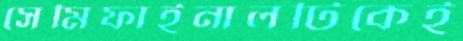
সেমিফাইনালটিকেই